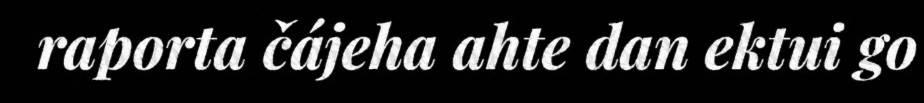
raporta čájeha ahte dan ektui go